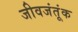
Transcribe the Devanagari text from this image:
जीवजंतूंक